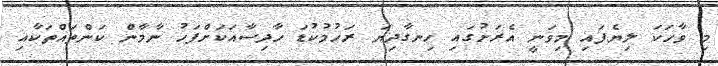
މި ވާހަކަ ލިޔެފައި މިވަނީ އެރަށުގައި ހިނގާދިޔަ ރަހުމުކުޑަ ހާދިސާއަކަށްފަހު ނާމާން ކަންތައްތަކާއި